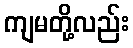
ကျမတို့လည်း